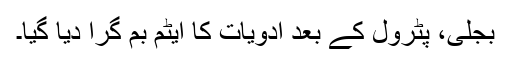
بجلی، پٹرول کے بعد ادویات کا ایٹم بم گرا دیا گیا۔